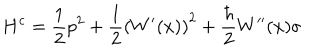
H ^ { c } = \frac { 1 } { 2 } p ^ { 2 } + \frac { 1 } { 2 } \left( W ^ { \prime } ( x ) \right) ^ { 2 } + \frac { \hbar } { 2 } W ^ { \prime \prime } ( x ) \sigma